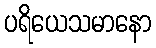
ပရိယေသမာနော